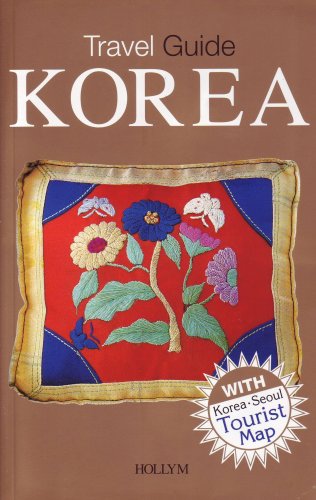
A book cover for Travel Guide Korea; Korea Tourism Organization; Travel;